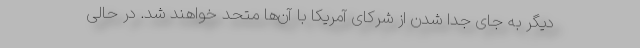
دیگر به جای جدا شدن از شرکای آمریکا با آن‌ها متحد خواهند شد. در حالی